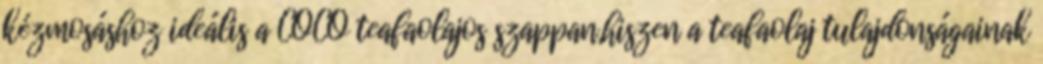
kézmosáshoz ideális a COCO teafaolajos szappan,hiszen a teafaolaj tulajdonságainak